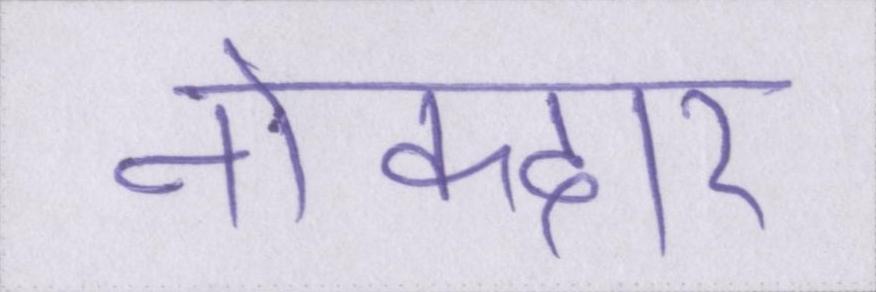
नोकदार